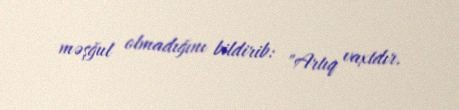
məşğul olmadığını bildirib: "Artıq vaxtdır.